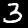
Digit: 3